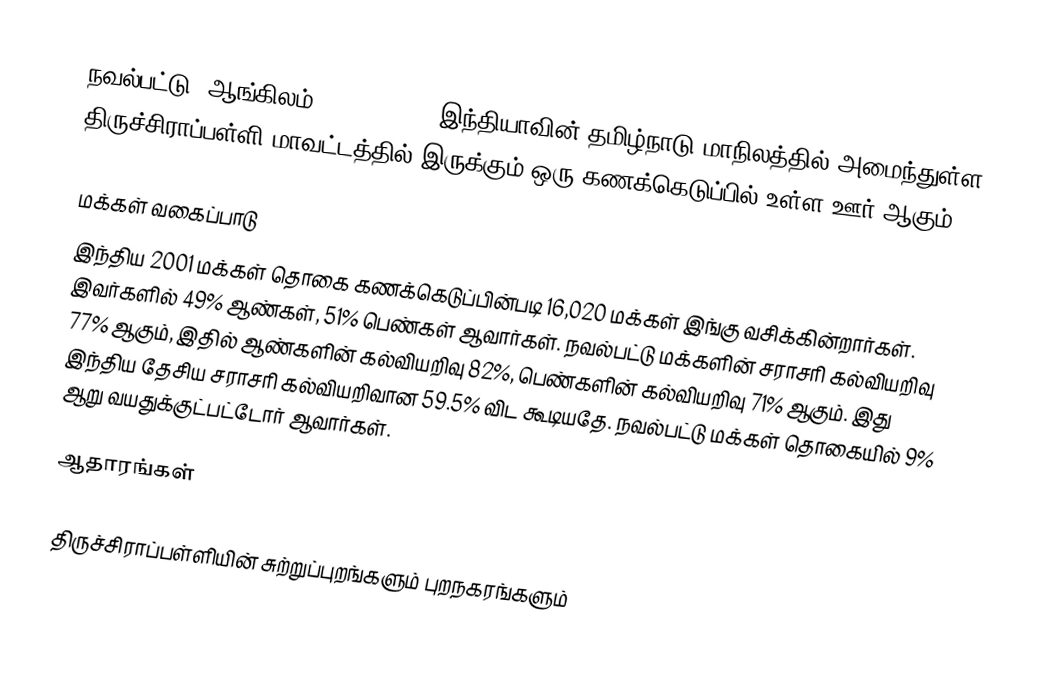
நவல்பட்டு (ஆங்கிலம்:Navalpattu), இந்தியாவின் தமிழ்நாடு மாநிலத்தில் அமைந்துள்ள திருச்சிராப்பள்ளி மாவட்டத்தில் இருக்கும் ஒரு கணக்கெடுப்பில் உள்ள ஊர்  ஆகும்.

மக்கள் வகைப்பாடு
இந்திய 2001 மக்கள் தொகை கணக்கெடுப்பின்படி 16,020 மக்கள் இங்கு வசிக்கின்றார்கள். இவர்களில் 49% ஆண்கள், 51% பெண்கள் ஆவார்கள். நவல்பட்டு மக்களின் சராசரி கல்வியறிவு 77% ஆகும்,  இதில் ஆண்களின் கல்வியறிவு 82%,  பெண்களின் கல்வியறிவு 71% ஆகும். இது இந்திய தேசிய சராசரி கல்வியறிவான 59.5% விட கூடியதே. நவல்பட்டு மக்கள் தொகையில் 9%  ஆறு வயதுக்குட்பட்டோர் ஆவார்கள்.

ஆதாரங்கள்

திருச்சிராப்பள்ளியின் சுற்றுப்புறங்களும் புறநகரங்களும்